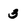
Character: 3